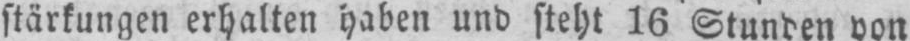
stärkungen erhalten haben und steht 16 Stunden von